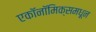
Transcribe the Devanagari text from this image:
एकॉनॉमिक्समधून